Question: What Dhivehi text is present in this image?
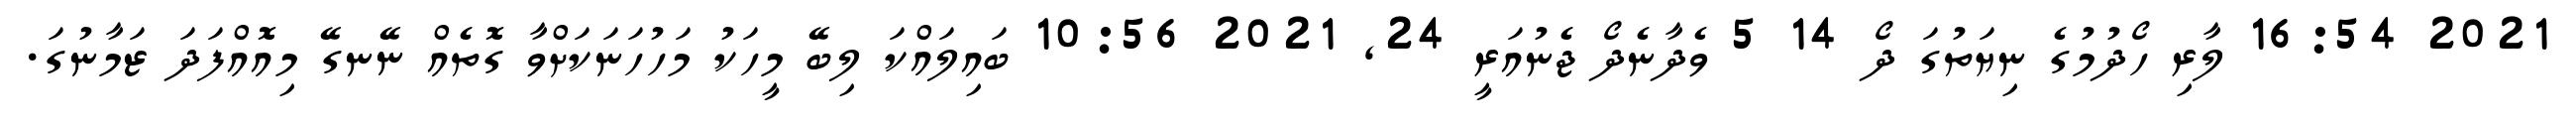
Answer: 2021 16:54 ލާރި ހޯދުމުގެ ނިޔަތުގަ ދޯ 14 5 ވެދާނެދޯ ޖެނުއަރީ 24, 2021 10:56 ބައިލައްކަ ލިބޭ މީހަކު މަހުހަނަކަށްވާ ގޮތެއް ނޭނގޭ މިއޮއްފަދަ ޒަމާނުގަ.